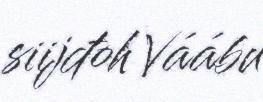
siijđoh Váábu